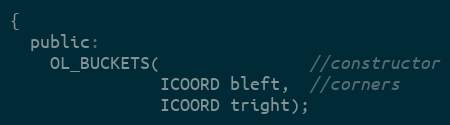
Language: C
{
  public:
    OL_BUCKETS(               //constructor
               ICOORD bleft,  //corners
               ICOORD tright);